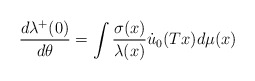
\begin{align*}\frac{d\lambda\sp+(0)}{d\theta}=\int\frac{\sigma(x)}{\lambda(x)}\dot u_0(Tx)d\mu(x)\end{align*}